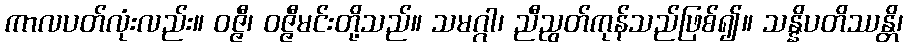
ကာလပတ်လုံးလည်း။ ဝဇ္ဇီ၊ ဝဇ္ဇီမင်းတို့သည်။ သမဂ္ဂါ၊ ညီညွတ်ကုန်သည်ဖြစ်၍။ သန္နိပတိဿန္တိ၊